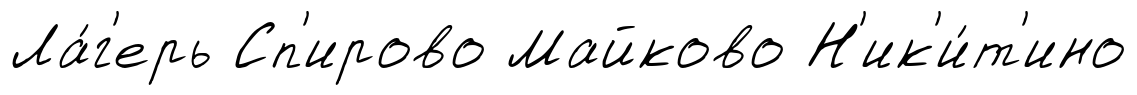
Ла́г'ерь Сп'ирово Майково Н'ик'и́т'ино